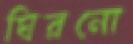
ঘিরনো